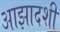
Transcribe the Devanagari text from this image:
आझादशी